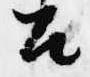
召